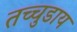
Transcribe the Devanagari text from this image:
तच्चुडाय